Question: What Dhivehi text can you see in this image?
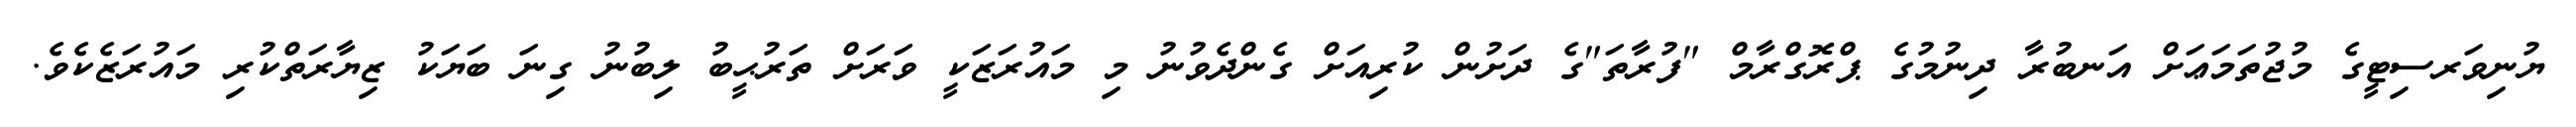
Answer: ޔުނިވަރސިޓީގެ މުޖުތަމަޢަށް އަނބުރާ ދިނުމުގެ ޕްރޮގްރާމް "ފުރާތަ"ގެ ދަށުން ކުރިއަށް ގެންދެވުނު މި މައުރަޒަކީ ވަރަށް ތަރުޙީބު ލިބުނު ގިނަ ބަޔަކު ޒިޔާރަތްކުރި މައުރަޒެކެވެ.